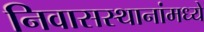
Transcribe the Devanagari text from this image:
निवासस्थानांमध्ये